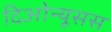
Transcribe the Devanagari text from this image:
दिओन्यूसस